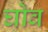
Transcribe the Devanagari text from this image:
घोव